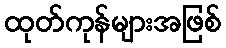
ထုတ်ကုန်များအဖြစ်